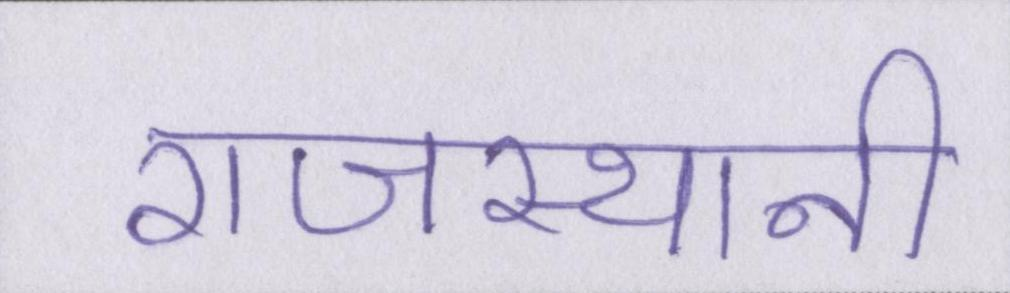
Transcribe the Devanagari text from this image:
राजस्थानी